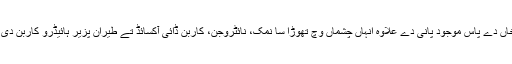
جنوبی قطب دی ریخاں دے پاس موجود پانی دے علاوہ انہاں چشماں وچ تھوڑا سا نمک، نائٹروجن، کاربن ڈائی آکسائڈ تے طیران پزیر ہائیڈرو کاربن دی مقدار وی شامل ا‏‏ے۔